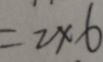
= 2 \times 6